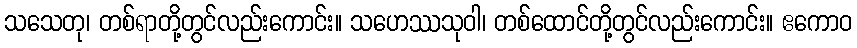
သသေတု၊ တစ်ရာတို့တွင်လည်းကောင်း။ သဟေဿသုဝါ၊ တစ်ထောင်တို့တွင်လည်းကောင်း။ ဧကောဝ